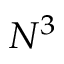
N ^ { 3 }